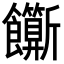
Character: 𬲣